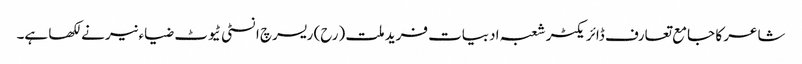
شاعر کا جامع تعارف ڈائریکٹر شعبہ ادبیات فرید ملت (رح) ریسرچ انسٹی ٹیوٹ ضیاء نیر نے لکھا ہے۔